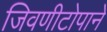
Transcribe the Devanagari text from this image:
जिवणीटोपाने